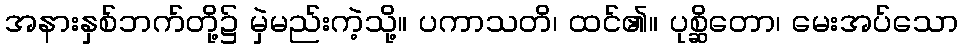
အနားနှစ်ဘက်တို့၌ မှဲမည်းကဲ့သို့။ ပကာသတိ၊ ထင်၏။ ပုစ္ဆိတော၊ မေးအပ်သော